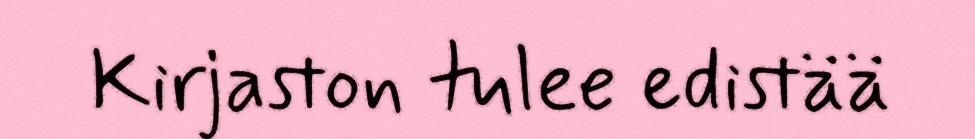
Kirjaston tulee edistää